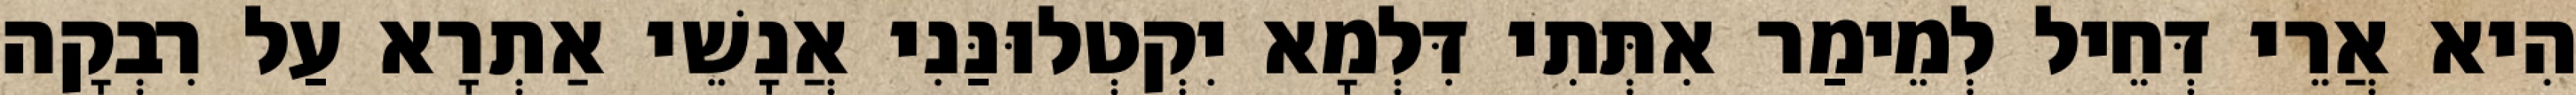
הִיא אֲרֵי דְּחֵיל לְמֵימַר אִתְּתִי דִּלְמָא יִקְטְלוּנַּנִי אֲנָשֵׁי אַתְרָא עַל רִבְקָה